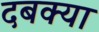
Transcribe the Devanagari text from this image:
दबक्या